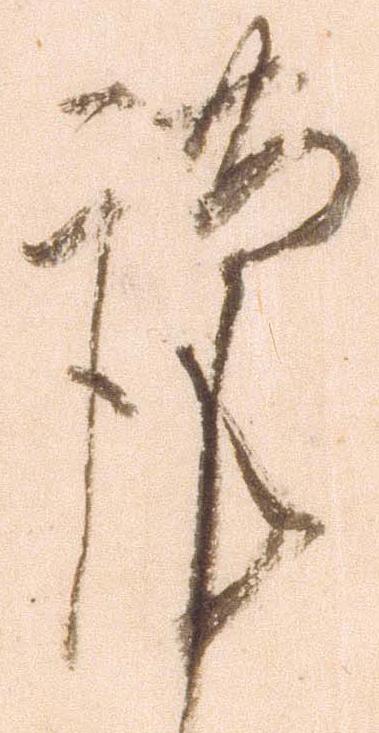
謹